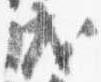
成